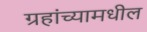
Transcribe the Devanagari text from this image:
ग्रहांच्यामधील